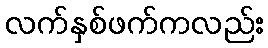
လက်နှစ်ဖက်ကလည်း